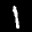
Label: 1